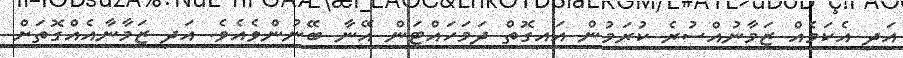
އަދި އެކަމެއް ޒަމާނުއްސުރެ ކުރަމުން އައިގޮތް ދަމަހައްޓަން އޭނާ ބޭނުންވެއެވެ. އަދި ޒަމާނާއެއްގޮތަށް